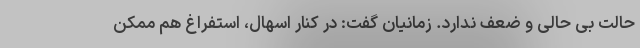
حالت بی حالی و ضعف ندارد. زمانیان گفت: در کنار اسهال، استفراغ هم ممکن